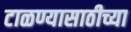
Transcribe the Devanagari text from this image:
टाळण्यासाठीच्या